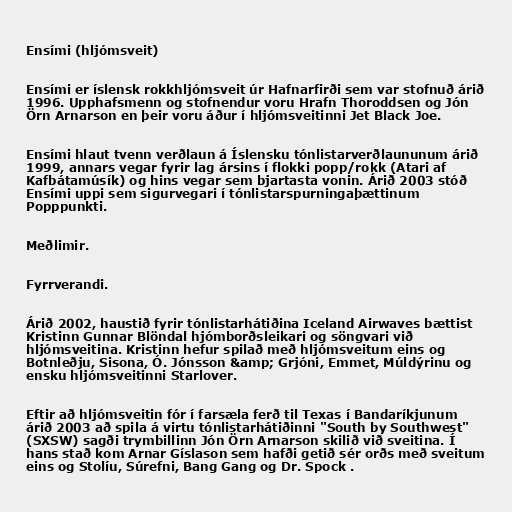
Ensími (hljómsveit)

Ensími er íslensk rokkhljómsveit úr Hafnarfirði sem var stofnuð árið
1996. Upphafsmenn og stofnendur voru Hrafn Thoroddsen og Jón
Örn Arnarson en þeir voru áður í hljómsveitinni Jet Black Joe.

Ensími hlaut tvenn verðlaun á Íslensku tónlistarverðlaununum árið
1999, annars vegar fyrir lag ársins í flokki popp/rokk (Atari af
Kafbátamúsík) og hins vegar sem bjartasta vonin. Árið 2003 stóð
Ensími uppi sem sigurvegari í tónlistarspurningaþættinum
Popppunkti.

Meðlimir.

Fyrrverandi.

Árið 2002, haustið fyrir tónlistarhátiðina Iceland Airwaves bættist
Kristinn Gunnar Blöndal hjómborðsleikari og söngvari við
hljómsveitina. Kristinn hefur spilað með hljómsveitum eins og
Botnleðju, Sisona, Ó. Jónsson &amp; Grjóni, Emmet, Múldýrinu og
ensku hljómsveitinni Starlover.

Eftir að hljómsveitin fór í farsæla ferð til Texas í Bandaríkjunum
árið 2003 að spila á virtu tónlistarhátiðinni "South by Southwest"
(SXSW) sagði trymbillinn Jón Örn Arnarson skilið við sveitina. Í
hans stað kom Arnar Gíslason sem hafði getið sér orðs með sveitum
eins og Stolíu, Súrefni, Bang Gang og Dr. Spock .